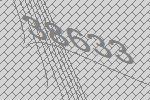
38633